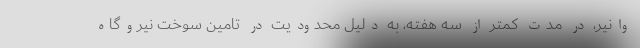
وانیر، در مدت کمتر از سه هفته، به دلیل محدودیت در تامین سوخت نیروگاه